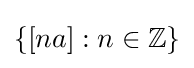
\{[na]:n\in \mathbb {Z} \}